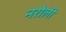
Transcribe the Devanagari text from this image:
नरोली